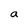
Character: a